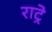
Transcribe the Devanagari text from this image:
राट्रे